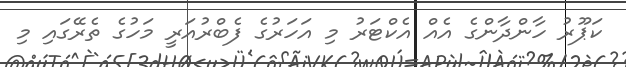
ކަޕޫރު ހާންދާންގެ އެއް އެކްޓަރު މި އަހަރުގެ ފެބްރުއަރީ މަހުގެ ތެރޭގައި މި